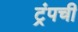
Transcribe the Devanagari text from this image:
ट्रंपची